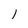
Character: I